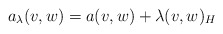
\begin{align*}a_\lambda (v,w) = a(v,w) + \lambda (v,w)_H\end{align*}